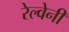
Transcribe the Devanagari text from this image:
रेल्वेनी